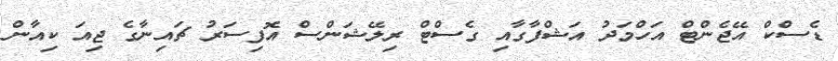
ޑެސްކް އޭޖެންޓް އަހްމަދު އަޝްފާގާއި ގެސްޓް ރިލޭޝަންސް އޮފިސަރު ޗައިނާގެ ޖިއަ ކިއާން